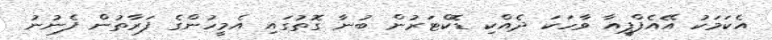
އެކަމަކު އޭއެފްޕީއާ ވާހަކަ ދެއްކި ޑޮކްޓަރުން ބުނާ ގޮތުގައި އެމީހުންގެ ފަރާތުން ފެނުނު